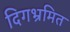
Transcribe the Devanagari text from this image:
दिगभ्रमित